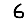
Digit: 6